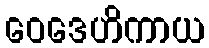
ဝေဒေဟိကာယ